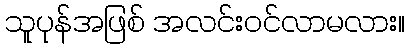
သူပုန်အဖြစ် အလင်းဝင်လာမလား။